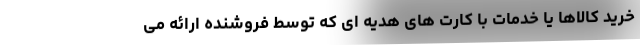
خرید کالاها یا خدمات با کارت های هدیه ای که توسط فروشنده ارائه می